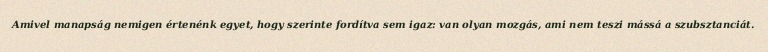
Amivel manapság nemigen értenénk egyet, hogy szerinte fordítva sem igaz: van olyan mozgás, ami nem teszi mássá a szubsztanciát.